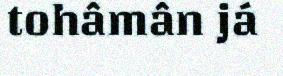
tohâmân já